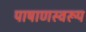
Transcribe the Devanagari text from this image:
पाषाणस्वरूप